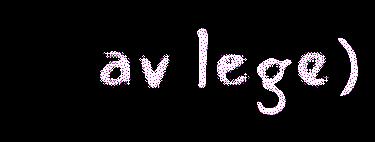
av lege)